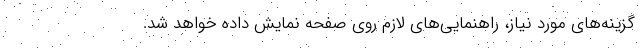
گزینه‌های مورد نیاز، راهنمایی‌های لازم روی صفحه نمایش داده خواهد شد.